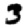
Digit: 3